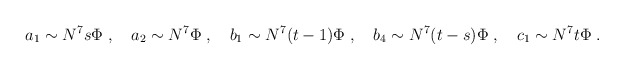
\begin{align*} a_1 \sim N^7s\Phi\;, \quad a_2 \sim N^7\Phi\;, \quad b_1 \sim N^7(t-1)\Phi\;, \quad b_4 \sim N^7(t-s)\Phi\;, \quad c_1 \sim N^7t\Phi\;.\end{align*}